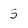
Character: 5